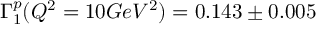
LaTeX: \Gamma _ { 1 } ^ { p } ( Q ^ { 2 } = 1 0 G e V ^ { 2 } ) = 0 . 1 4 3 \pm 0 . 0 0 5